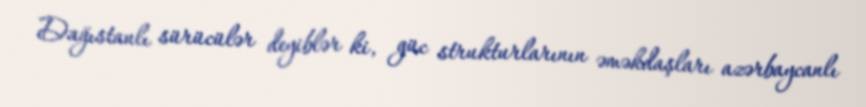
Dağıstanlı sürücülər deyiblər ki, güc strukturlarının əməkdaşları azərbaycanlı